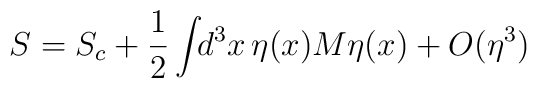
S = S_c + \frac{1}{2} \int\!\!d^3 x \, \eta(x) M \eta(x) + O(\eta^3)